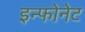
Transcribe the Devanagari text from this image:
इन्फोनेट